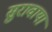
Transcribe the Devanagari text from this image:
सुरावाया